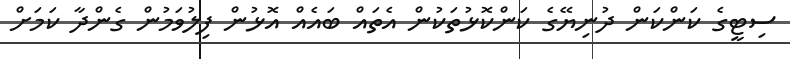
ސިޓީގެ ކަންކަން ދުނިޔޭގެ ކަންކޮޅުތަކުން އެތައް ބައެއް އޮޅުން ފިލުވަމުން ގެންދާ ކަމަށް